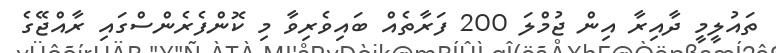
ތައުލީމީ ދާއިރާ އިން ޖުމްލަ 200 ފަރާތެއް ބައިވެރިވާ މި ކޮންފެރެންސްގައި ރާއްޖޭގެ